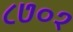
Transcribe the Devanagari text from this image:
८७०१